Loona_vallavalitsus_Kihelkonna_kihelkonnas, lk 17
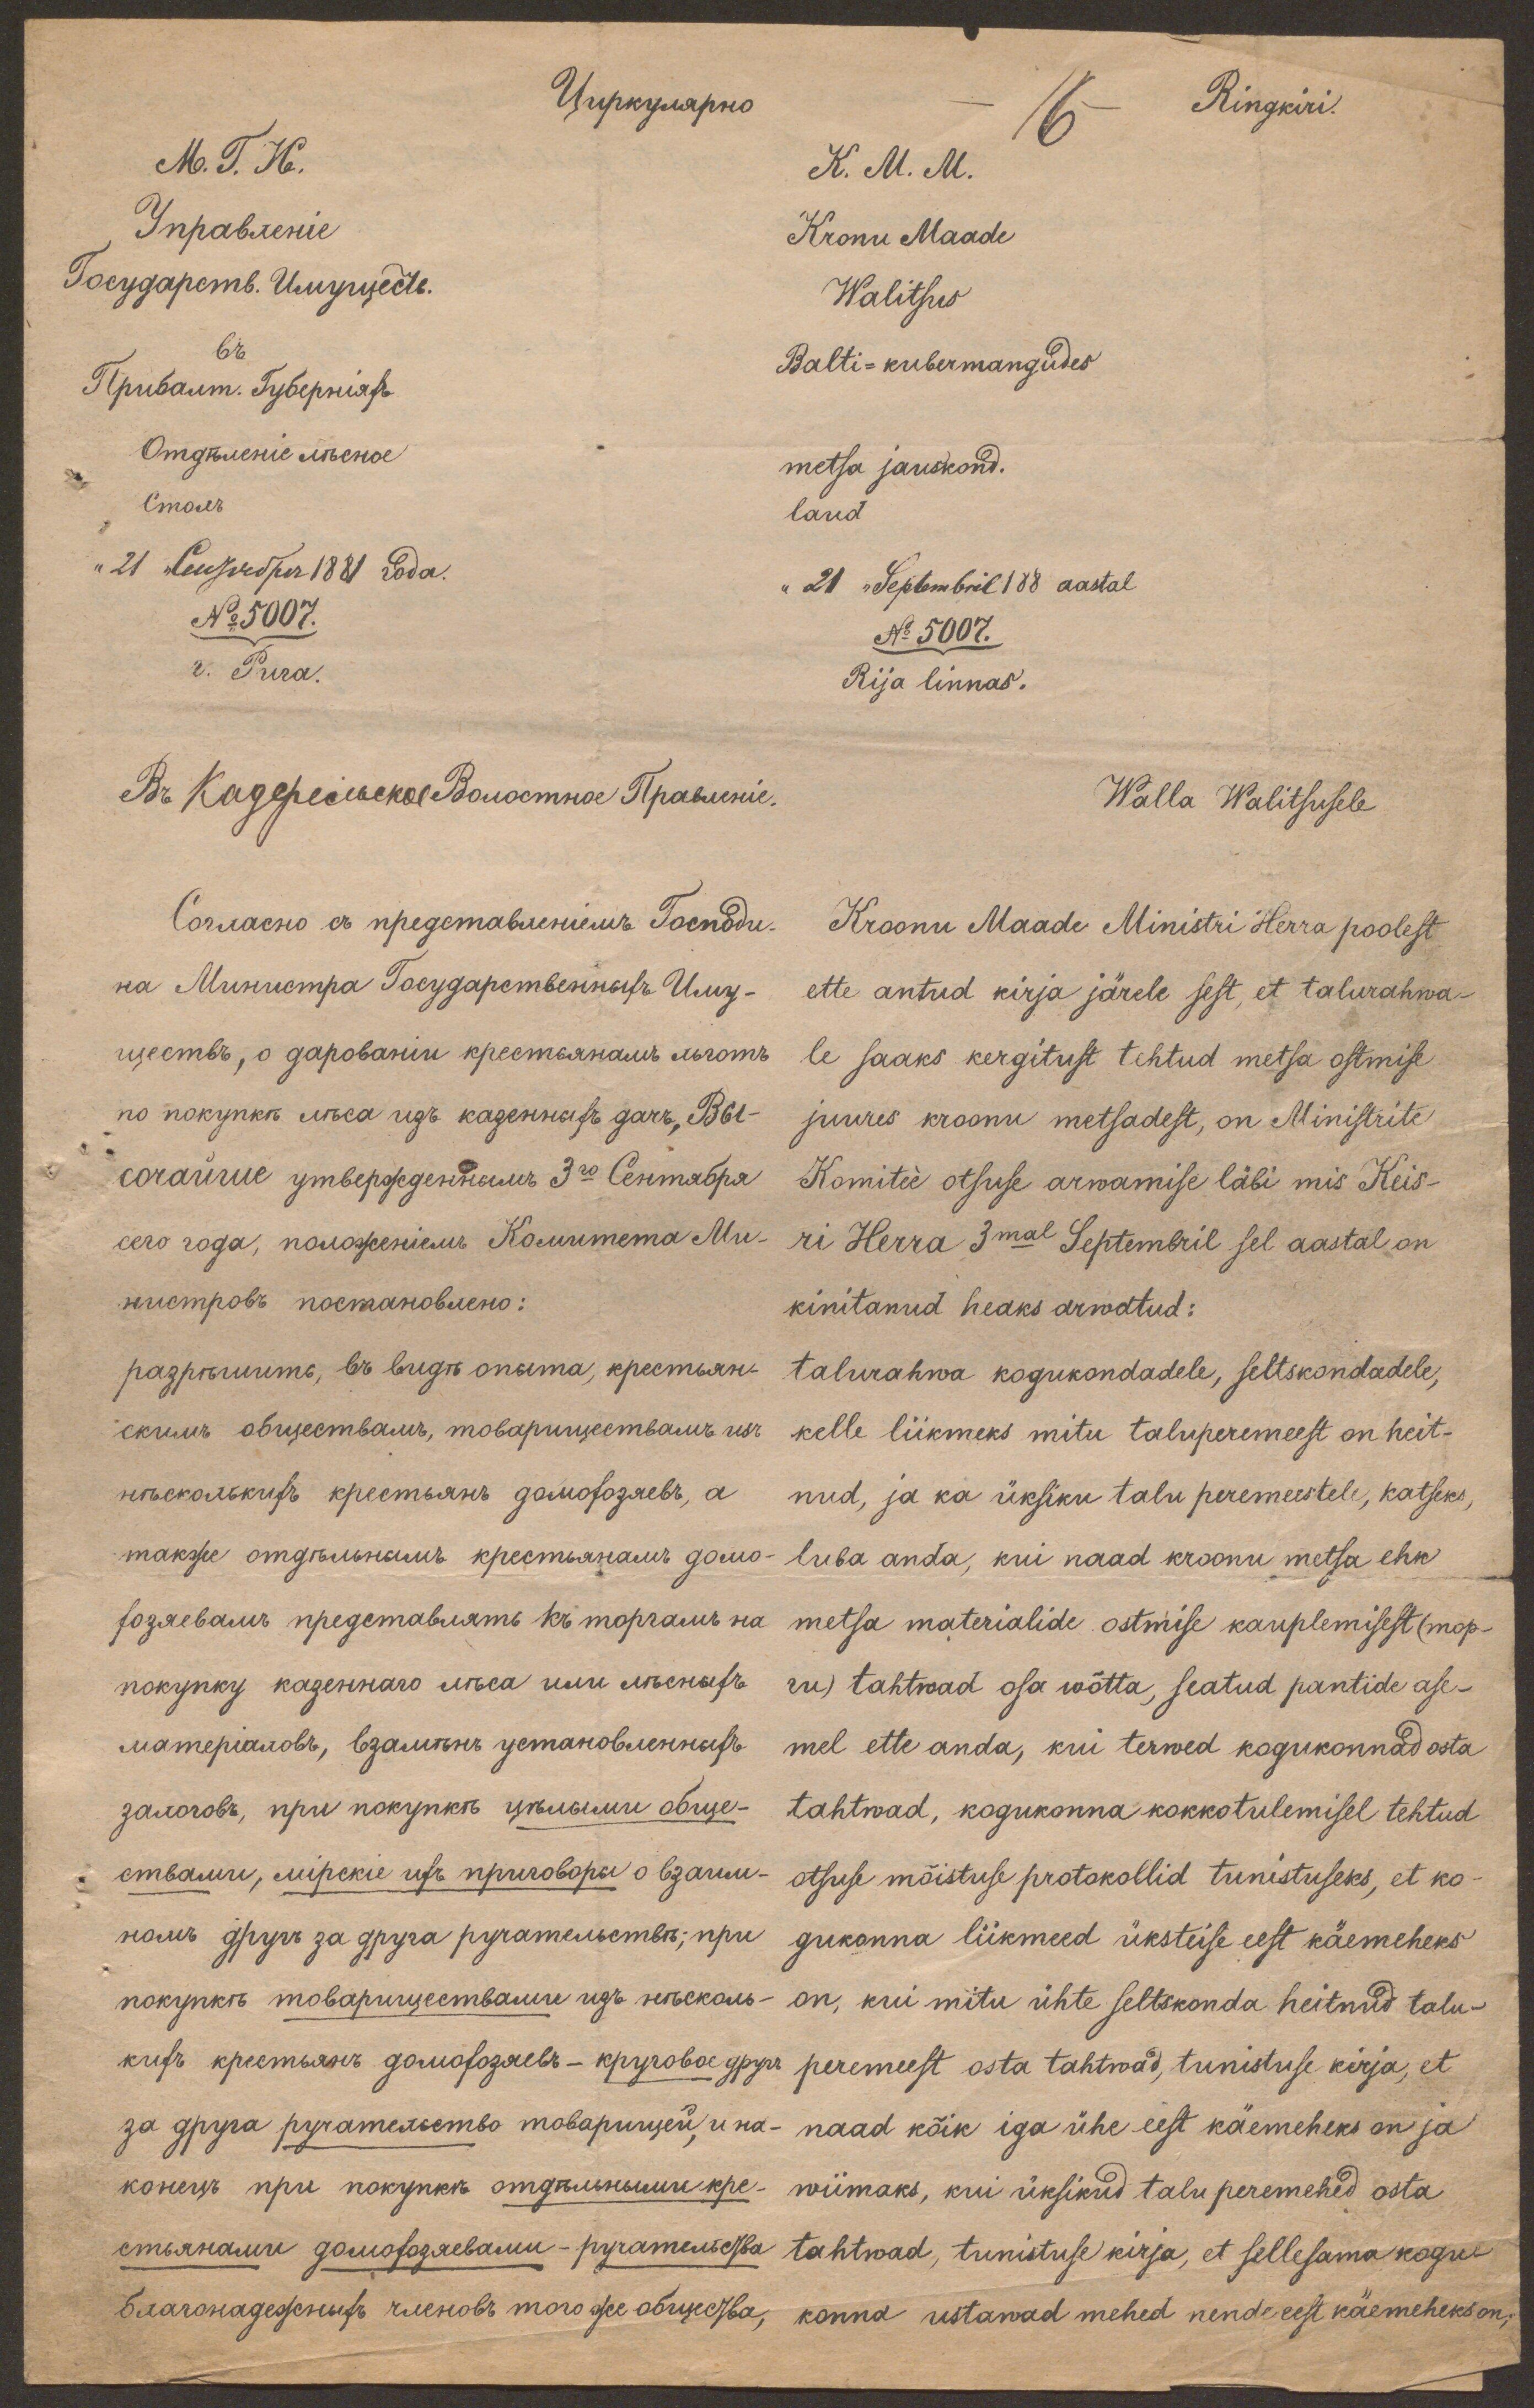
16
Ringkiri.
K.M. M.
Kronu Maade
Walitsus
Balti-kubermangudes
metsa jauskond.
laud.
"21 "Septembril' 188 aastal
No 5007.
Rija linnas.
Walla Walitsusele
Kroonu Maade Ministri Herra poolest
ette antud kirja järele sest, et talurahwa-
le saaks kergitust tehtud metsa ostmise
juures kroonu metsadest, on Ministrite
Komitee otsuse arwamise läbi mis Keis-
ri Herra 3mal Septembril sel aastal on
kinitanud heaks arwatud:
talurahwa kogukondadele, seltskondadele,
kelle liikmeks mitu taluperemeest on heit-
nud, ja ka üksiku talu peremeestele, katseks,
luba anda, kui naad kroonu metsa ehk
metsa materialide ostmise kauplemisest (mop-
ru) tahtwad osa wõtta, seatud pantide ase-
mel ette anda, kui terwed kogukonnad osta
tahtwad, kogukonna kokkotulemisel tehtud
otsuse mõistuse protokollid tunistuseks, et ko-
gukonna liikmeed üksteise eest käemeheks
on, kui mitu ühte seltskonda heitnud talu-
peremeest osta tahtwad, tunistuse kirja, et
naad kõik iga ühe eest käemeheks on ja
wiimaks, kui üksikud talu peremehed osta
tahtwad, tunistuse kirja, et sellesama kogu
konna ustawad mehed nende eest käemeheks on,